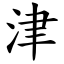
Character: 津